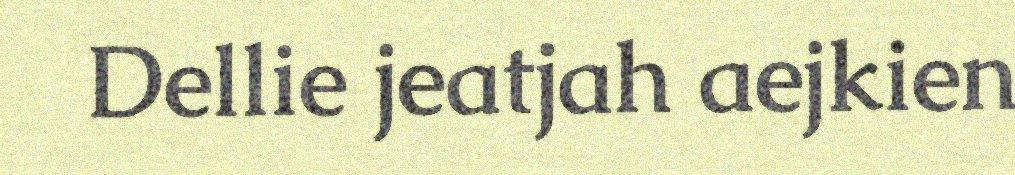
Dellie jeatjah aejkien